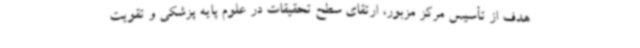
هدف از تأسیس مرکز مزبور، ارتقای سطح تحقیقات در علوم پایه پزشکی و تقویت